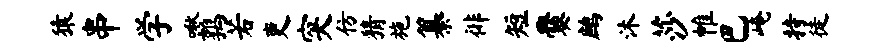
猿串学啾鹑若吏突仿猜施纂徘短爨鹧沐莎帷巴崦持徒